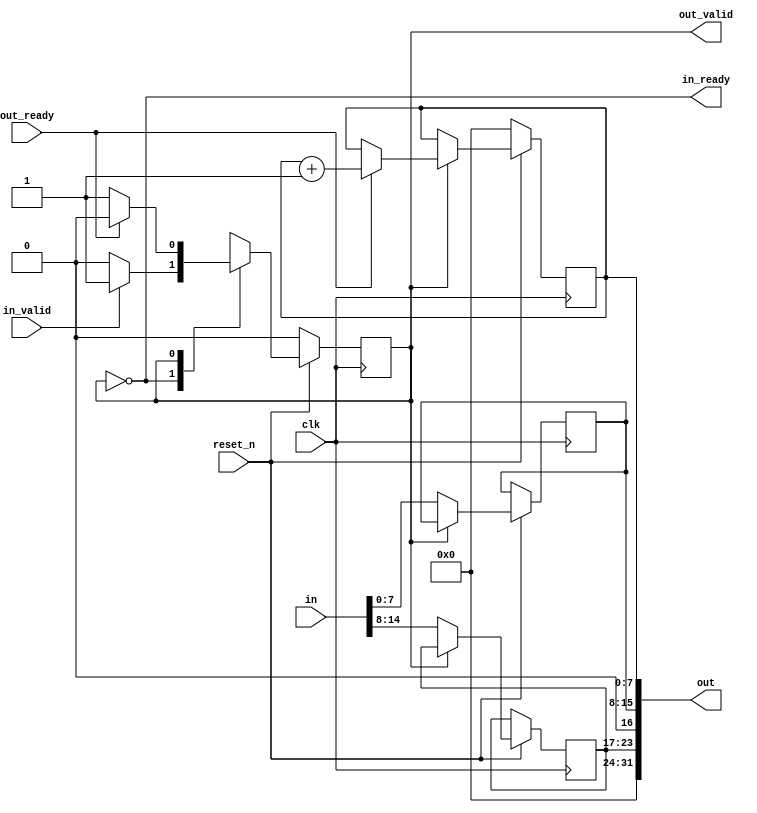
// ***************************************************************************
// ***************************************************************************
// Copyright (C) 2024 Analog Devices, Inc. All rights reserved.
//
// In this HDL repository, there are many different and unique modules, consisting
// of various HDL (Verilog or VHDL) components. The individual modules are
// developed independently, and may be accompanied by separate and unique license
// terms.
//
// The user should read each of these license terms, and understand the
// freedoms and responsibilities that he or she has by using this source/core.
//
// This core is distributed in the hope that it will be useful, but WITHOUT ANY
// WARRANTY; without even the implied warranty of MERCHANTABILITY or FITNESS FOR
// A PARTICULAR PURPOSE.
//
// Redistribution and use of source or resulting binaries, with or without modification
// of this file, are permitted under one of the following two license terms:
//
//   1. The GNU General Public License version 2 as published by the
//      Free Software Foundation, which can be found in the top level directory
//      of this repository (LICENSE_GPL2), and also online at:
//      <https://www.gnu.org/licenses/old-licenses/gpl-2.0.html>
//
// OR
//
//   2. An ADI specific BSD license, which can be found in the top level directory
//      of this repository (LICENSE_ADIBSD), and also on-line at:
//      https://github.com/analogdevicesinc/hdl/blob/main/LICENSE_ADIBSD
//      This will allow to generate bit files and not release the source code,
//      as long as it attaches to an ADI device.
//
// ***************************************************************************
// ***************************************************************************

`timescale 1ns/100ps

module i3c_controller_write_ibi (
  input  clk,
  input  reset_n,

  input  out_ready,
  output out_valid,
  output [31:0] out,

  output in_ready,
  input  in_valid,
  input  [14:0] in
);

  reg [0:0] sm;

  reg [6:0] da;
  reg [7:0] mdb;
  reg [7:0] sync;

  localparam [0:0] SM_GET = 0;
  localparam [0:0] SM_PUT = 1;

  always @(posedge clk) begin
    if (!reset_n) begin
      sm <= SM_GET;
      sync <= 8'd0;
    end else begin
      case (sm)
        SM_GET: begin
          sm <= in_valid ? SM_PUT : sm;
          da   <= in[14:8];
          mdb  <= in[7:0];
        end
        SM_PUT: begin
          sm <= out_ready ? SM_GET : sm;
          sync <= out_ready ? sync+1 : sync;
        end
      endcase
    end
  end

  assign out = {8'd0, da, 1'b0, mdb, sync};
  assign in_ready = sm == SM_GET;
  assign out_valid = sm == SM_PUT;
endmodule